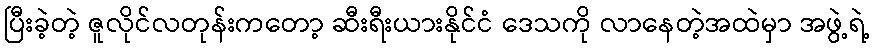
ပြီးခဲ့တဲ့ ဇူလိုင်လတုန်းကတော့ ဆီးရီးယားနိုင်ငံ ဒေသကို လာနေတဲ့အထဲမှာ အဖွဲ့ရဲ့